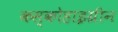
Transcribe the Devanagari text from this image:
कस्कोहाइग्रीन